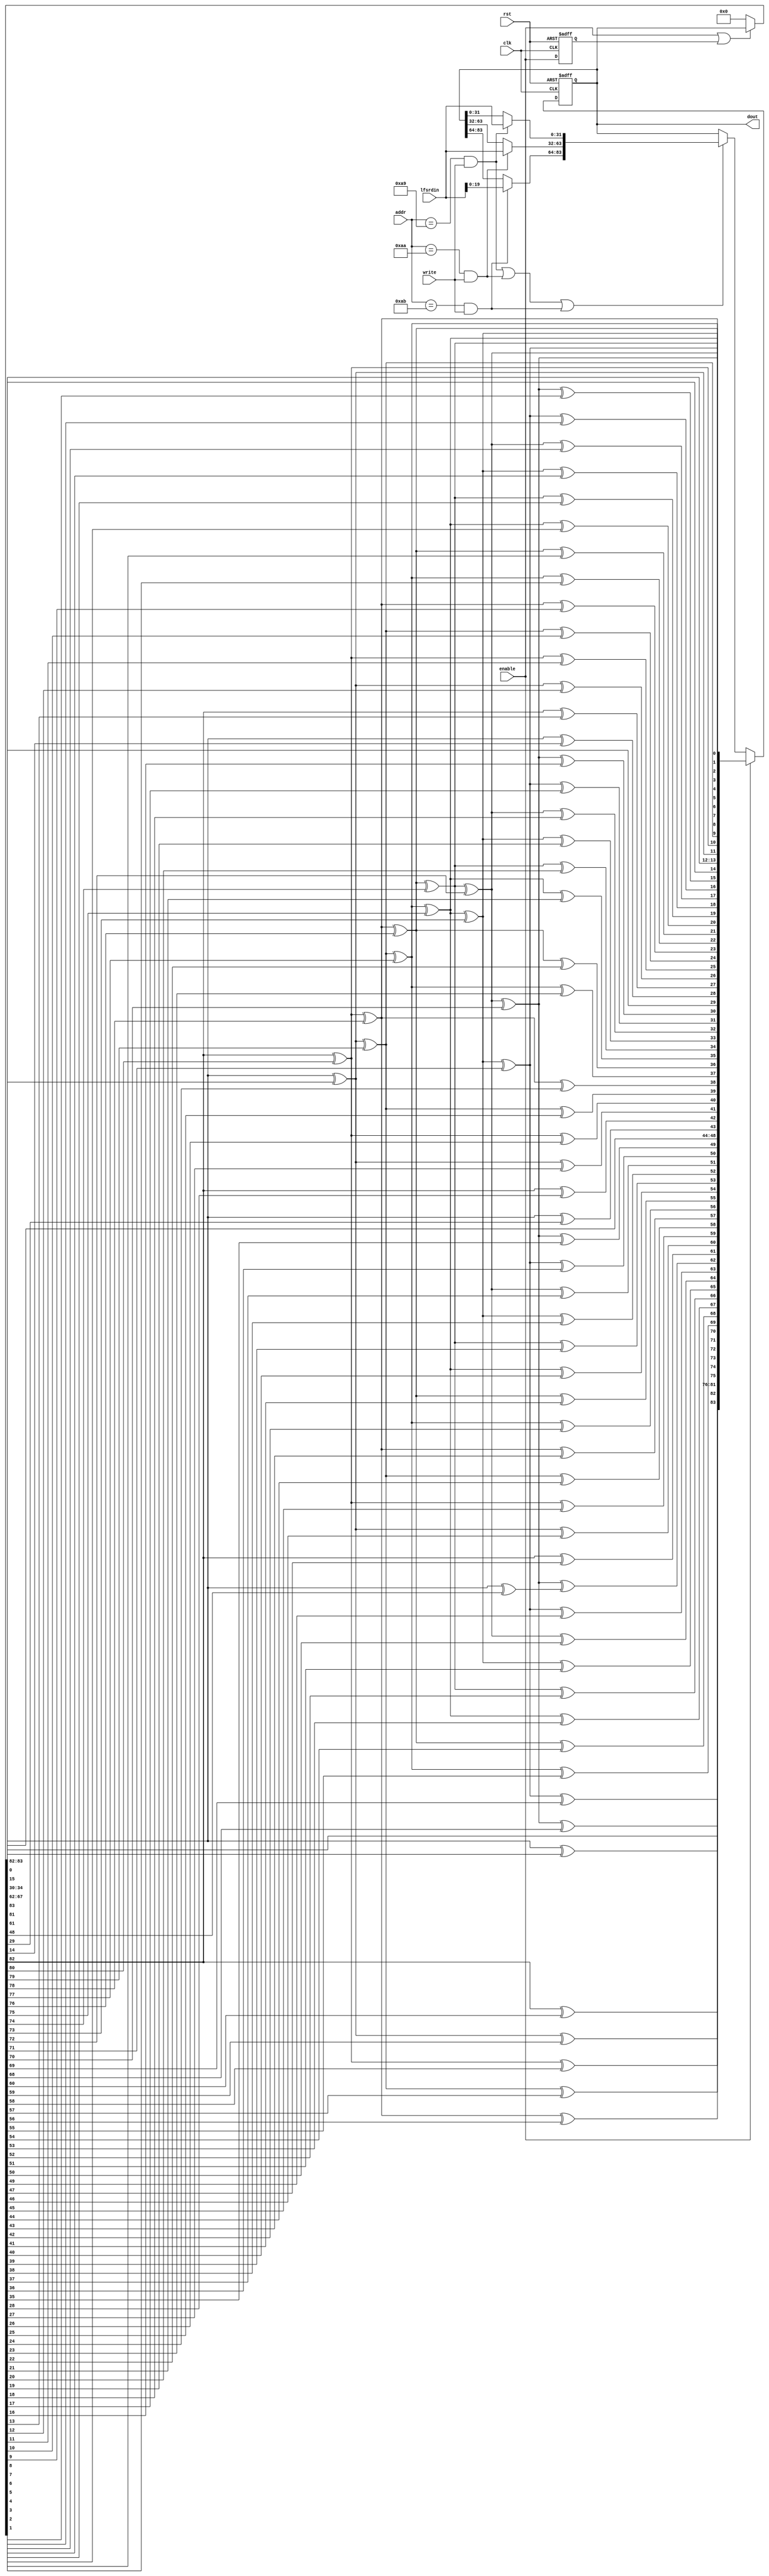
`timescale 1ns/10ps
module primary_lfsr_6 #(
parameter POLY_WIDTH = 84,
parameter NUM_OF_STEPS = 14
) 
(
input                       clk,
input                       rst,
input                       enable,
input                       write,
input                [11:0] addr,
input                [31:0] lfsrdin,
output   [(POLY_WIDTH-1):0] dout 
);

wire                    lfsr_ld_c;
wire [(POLY_WIDTH-1):0] lfsr_ld_data_c;      
wire [(POLY_WIDTH-1):0] lfsr_reg_c;            
wire [(POLY_WIDTH-1):0] temp_c[(NUM_OF_STEPS-1):0],shift;  
reg  [(POLY_WIDTH-1):0] lfsr_reg;            
reg                      enable_d;            
wire load_wrd_0 ,load_wrd_1 ,load_wrd_2;

assign shift = (enable | enable_d) ? lfsr_reg : 'h00000000000;
assign dout = lfsr_reg;

assign load_wrd_0 =  (addr == 12'h0a9) & write;
assign load_wrd_1 =  (addr == 12'h0aa) & write;
assign load_wrd_2 =  (addr == 12'h0ab) & write;

assign lfsr_ld_data_c[             31:0] =  ( load_wrd_0  ) ? lfsrdin : lfsr_reg[             31:0];           
assign lfsr_ld_data_c[            63:32] =  ( load_wrd_1  ) ? lfsrdin : lfsr_reg[            63:32];           
assign lfsr_ld_data_c[(POLY_WIDTH-1):64] =  ( load_wrd_2  ) ? lfsrdin : lfsr_reg[(POLY_WIDTH-1):64];           

assign lfsr_ld_c = ((load_wrd_0  | load_wrd_1 | load_wrd_2));   

assign temp_c[0] = {shift[(POLY_WIDTH-2):82],
                    shift[(POLY_WIDTH-1)]^shift[81],
                    shift[80:62],
                    shift[(POLY_WIDTH-1)]^shift[61],
                    shift[60:49],
                    shift[(POLY_WIDTH-1)]^shift[48],
                    shift[47:30],
                    shift[(POLY_WIDTH-1)]^shift[29],
                    shift[28:15],
                    shift[(POLY_WIDTH-1)]^shift[14],
                    shift[13:0],
                    shift[(POLY_WIDTH-1)]};

assign lfsr_reg_c = (enable) ? temp_c[(NUM_OF_STEPS-1)] : (lfsr_ld_c) ? lfsr_ld_data_c : lfsr_reg;

genvar i;

generate
  for (i=1; i<=(NUM_OF_STEPS-1); i=i+1) begin:shifter
   assign temp_c[i] = {temp_c[i-1][(POLY_WIDTH-2):82],
                       temp_c[i-1][(POLY_WIDTH-1)]^temp_c[i-1][81],
                       temp_c[i-1][80:62],
                       temp_c[i-1][(POLY_WIDTH-1)]^temp_c[i-1][61],
                       temp_c[i-1][60:49],
                       temp_c[i-1][(POLY_WIDTH-1)]^temp_c[i-1][48],
                       temp_c[i-1][47:30],
                       temp_c[i-1][(POLY_WIDTH-1)]^temp_c[i-1][29],
                       temp_c[i-1][28:15],
                       temp_c[i-1][(POLY_WIDTH-1)]^temp_c[i-1][14],
                       temp_c[i-1][13:0],
                       temp_c[i-1][(POLY_WIDTH-1)]};
  end
endgenerate

always @ ( posedge clk or posedge rst )
begin
  if (rst) 
  begin
    lfsr_reg     <= #1 'h0000000000;
    enable_d     <= #1 1'b0;
  end
  else
  begin
    enable_d <= #1 enable;
    lfsr_reg <= #1 lfsr_reg_c;
  end
end

endmodule